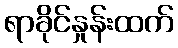
ရာခိုင်နှုန်းထက်